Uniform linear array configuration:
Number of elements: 8
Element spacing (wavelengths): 0.25
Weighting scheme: cosine
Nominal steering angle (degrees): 30
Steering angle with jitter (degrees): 29.467
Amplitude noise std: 0.05
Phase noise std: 0.05

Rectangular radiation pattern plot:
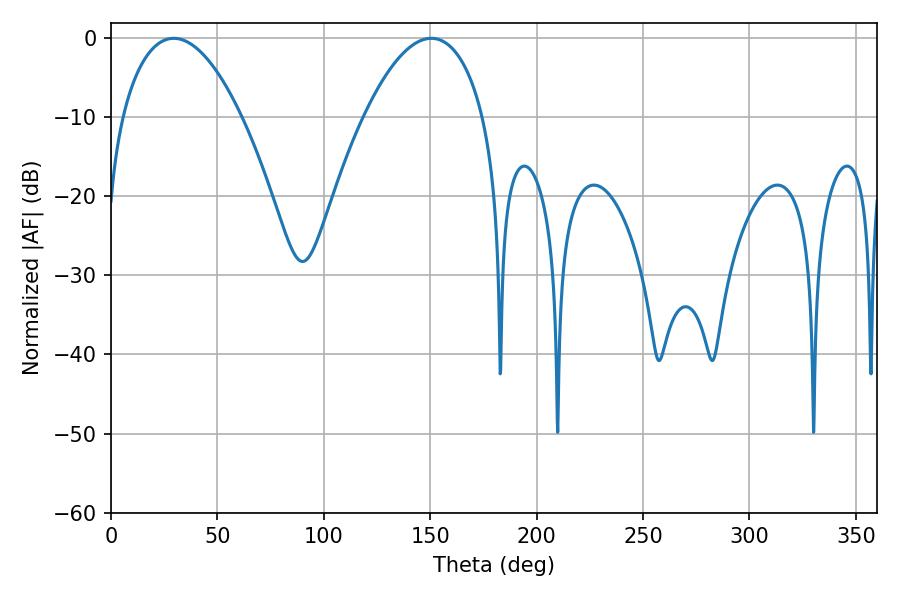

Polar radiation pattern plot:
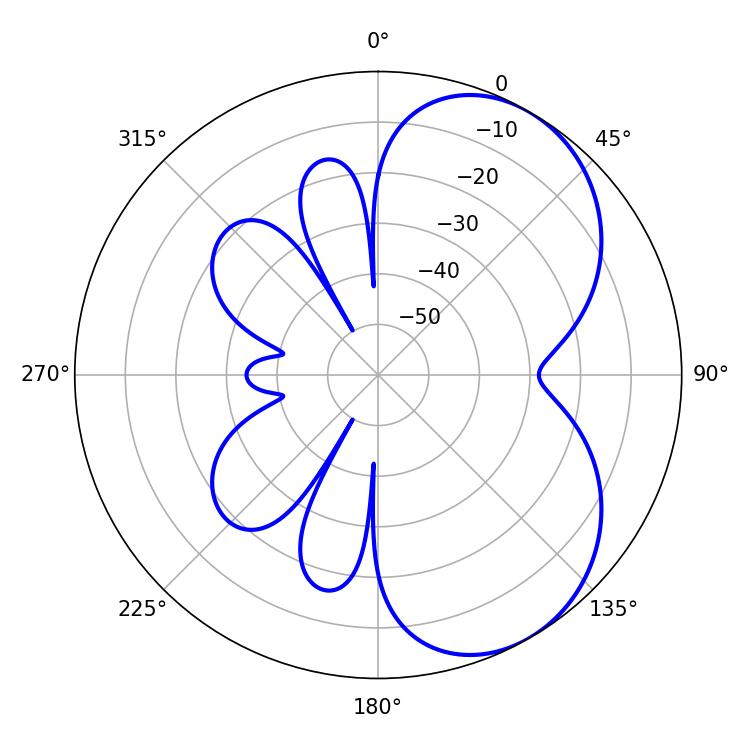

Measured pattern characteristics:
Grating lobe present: FALSE
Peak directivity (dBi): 5.324
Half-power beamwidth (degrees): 31.14
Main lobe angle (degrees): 29.52